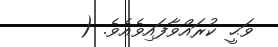
ވަޙީ ކުރައްވާފައިވެއެވެ. (